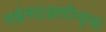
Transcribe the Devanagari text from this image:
महंमदअलीच्या